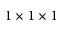
1 \times 1 \times 1